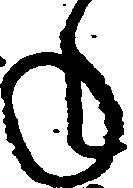
ね